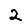
Digit: 2